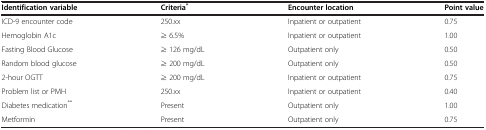
| Identification variable | Criteria* | Encounter location | Point value |
 | --- | --- | --- | --- |
 | ICD-9 encounter code | 250.xx | Inpatient or outpatient | 0.75 |
 | Hemoglobin A1c | ≥ 6.5% | Inpatient or outpatient | 1.00 |
 | Fasting Blood Glucose | ≥ 126 mg/dL | Outpatient only | 0.50 |
 | Random blood glucose | ≥ 200 mg/dL | Outpatient only | 0.50 |
 | 2-hour OGTT | ≥ 200 mg/dL | Inpatient or outpatient | 0.75 |
 | Problem list or PMH | 250.xx | Inpatient or outpatient | 0.40 |
 | Diabetes medication** | Present | Outpatient only | 1.00 |
 | Metformin | Present | Outpatient only | 0.75 |